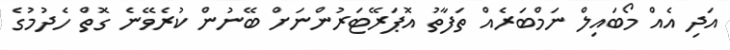
އަދި އެއް މޯބައިލް ނަމްބަރެއް ތަފާތު އޮޕަރޭޓަރުންނަށް ބޭނުން ކުރެވޭނެ ގޮތް ހެދުމުގެ